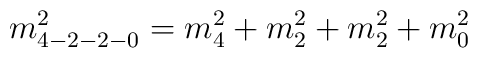
m^{2}_{4-2-2-0}=m^{2}_{4} +m^{2}_{2}+m^{2}_{2}+m^{2}_{0}